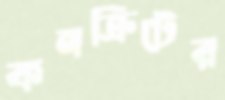
কনক্রিটের